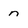
Character: n